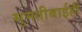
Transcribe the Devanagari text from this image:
सुमतीबाईही